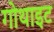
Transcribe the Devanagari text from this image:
गोथाइट